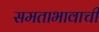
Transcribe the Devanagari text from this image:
समताभावाची